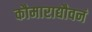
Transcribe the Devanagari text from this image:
कौमाराद्यौवनं